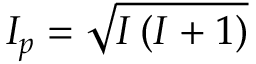
I _ { p } = \sqrt { I \left( I + 1 \right) }